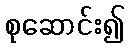
စုဆောင်း၍